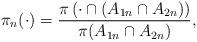
LaTeX: \begin{align*}\pi_n(\cdot) = \frac{ \pi\left(\cdot \cap (A_{1n} \cap A_{2n} ) \right) }{ \pi(A_{1n}\cap A_{2n})},\end{align*}